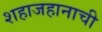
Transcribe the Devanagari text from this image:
शहाजहानाची